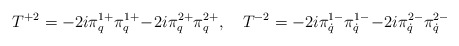
\begin{align*}T^{+2}=-2i\pi^{1+}_{q}\pi^{1+}_{q}\!-\!2i\pi^{2+}_{q}\pi^{2+}_{q},\quad T^{-2}=-2i\pi^{1-}_{\dot q}\pi^{1-}_{\dot q}\!-\!2i\pi^{2-}_{\dot q}\pi^{2-}_{\dot q}\end{align*}